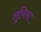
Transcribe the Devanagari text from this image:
लुनिया